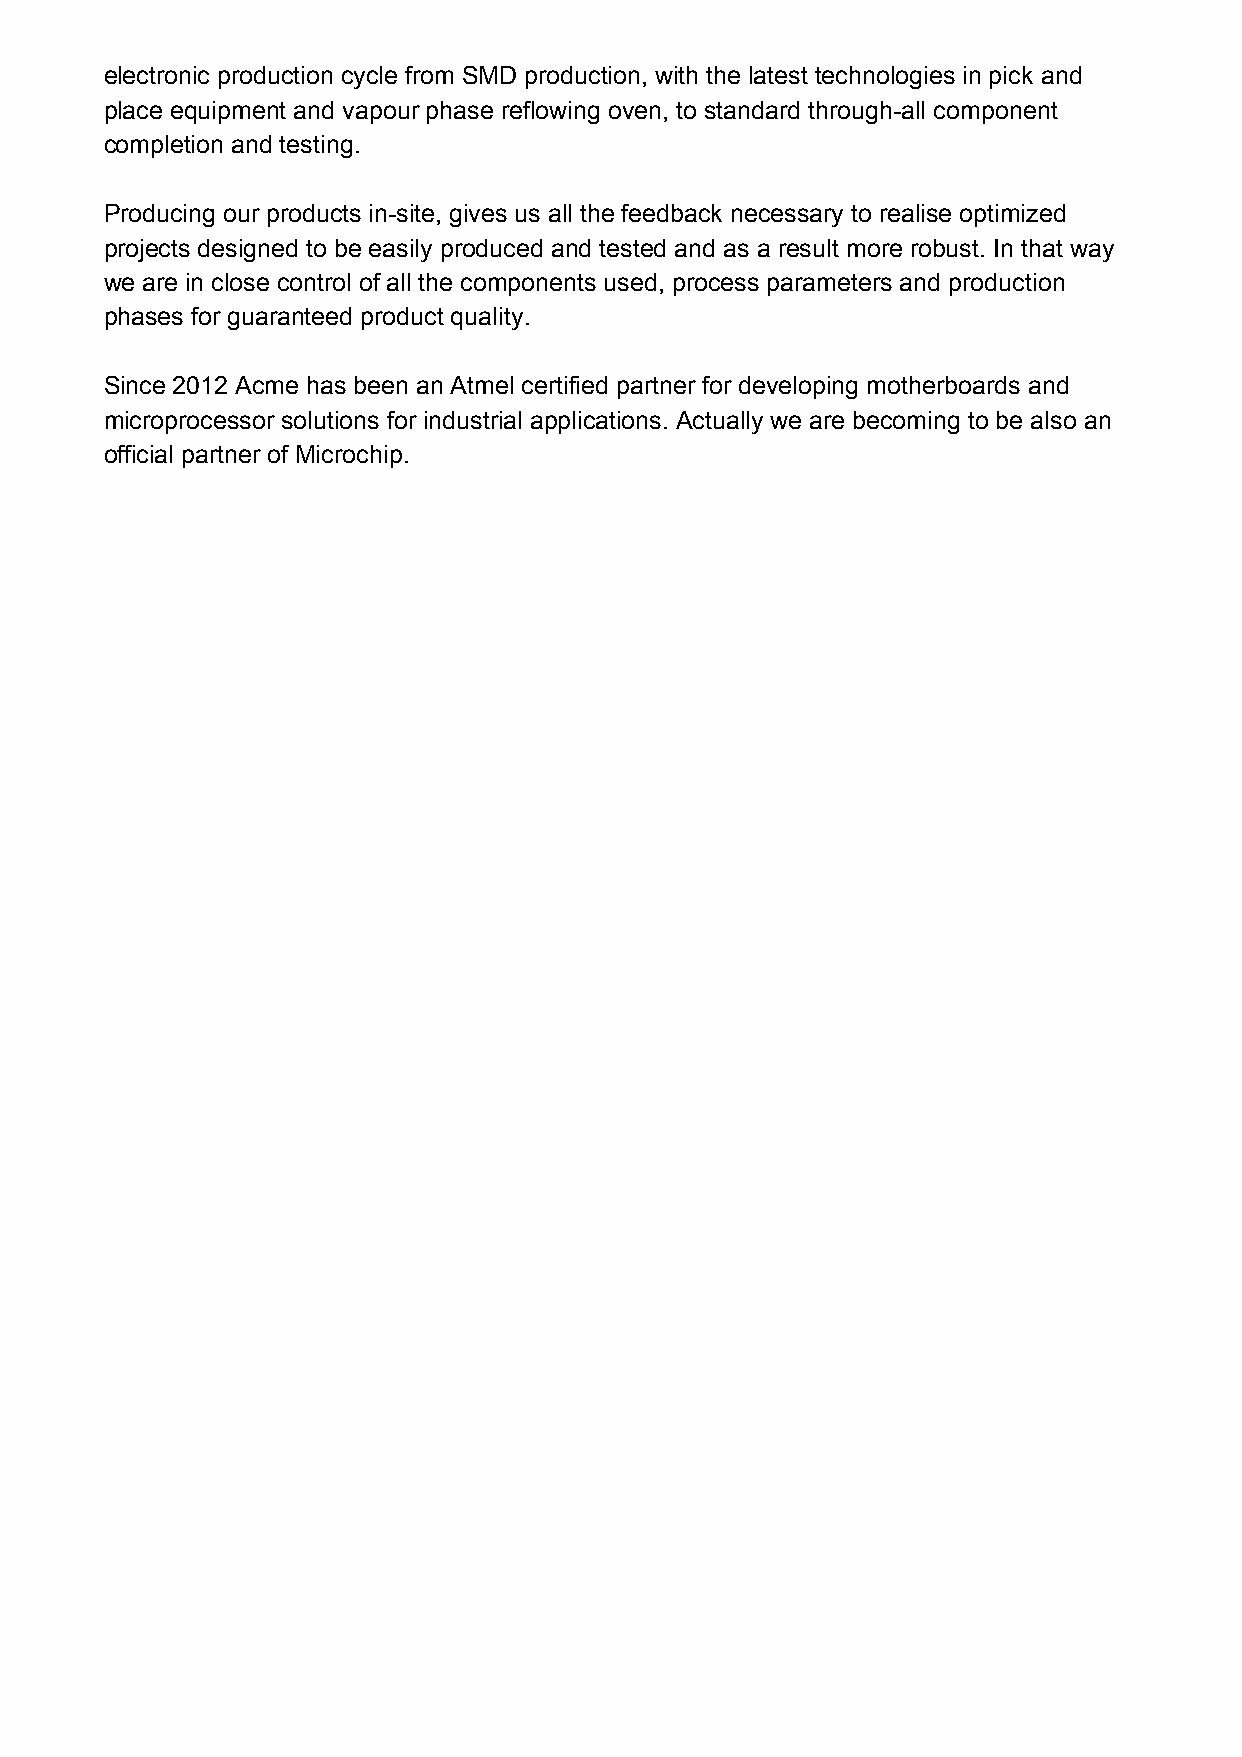
electronic production cycle from SMD production, with the latest technologies in pick and
 place equipment and vapour phase reflowing oven, to standard through-all component
 completion and testing.
 Producing our products in-site, gives us all the feedback necessary to realise optimized
 projects designed to be easily produced and tested and as a result more robust. In that way
 we are in close control of all the components used, process parameters and production
 phases for guaranteed product quality.
 Since 2012 Acme has been an Atmel certified partner for developing motherboards and
 microprocessor solutions for industrial applications. Actually we are becoming to be also an
 official partner of Microchip.